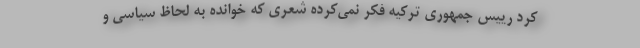
کرد رییس جمهوری ترکیه فکر نمی‌کرده شعری که خوانده به لحاظ سیاسی و